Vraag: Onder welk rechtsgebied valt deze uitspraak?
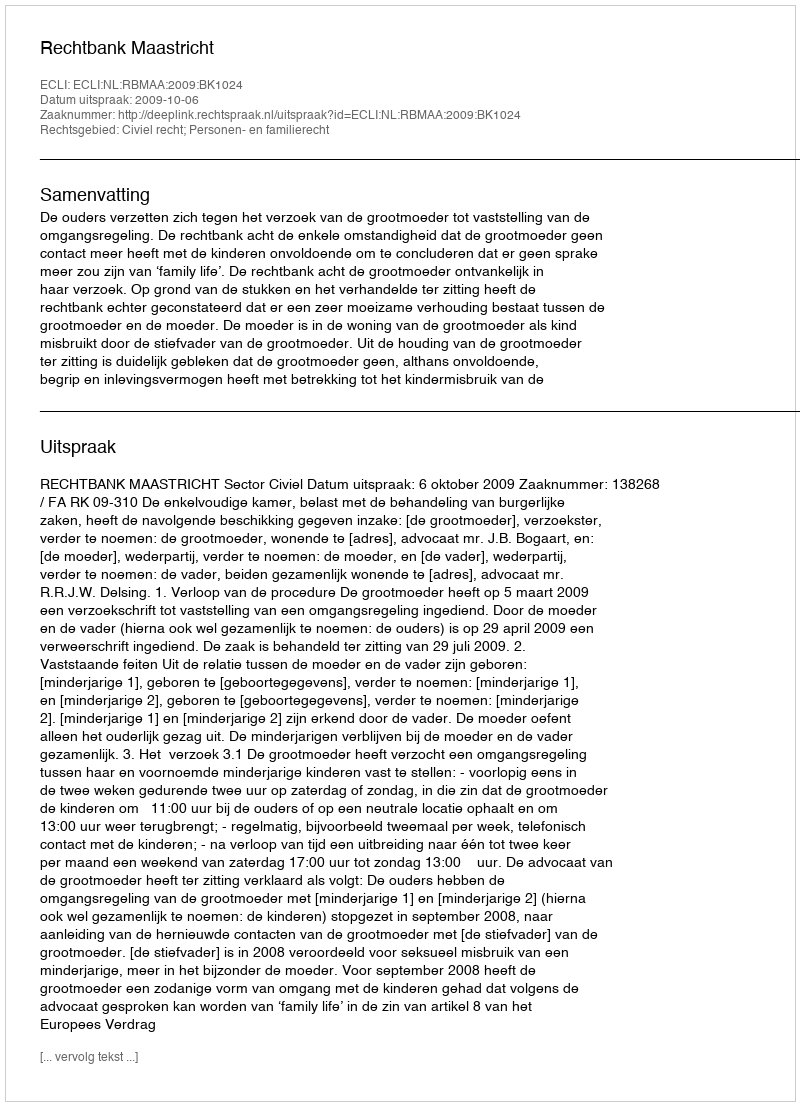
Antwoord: Civiel recht; Personen- en familierecht